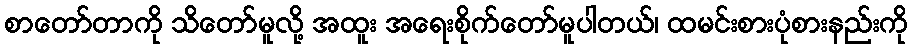
စာတော်တာကို သိတော်မူလို့ အထူး အရေးစိုက်တော်မူပါတယ်၊ ထမင်းစားပုံစားနည်းကို